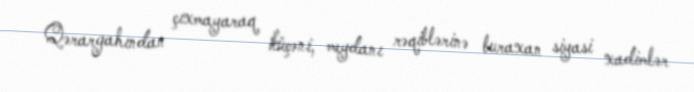
Qərargahından çıxmayaraq küçəni, meydanı rəqiblərinə buraxan siyasi xadimlər